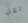
لكن